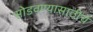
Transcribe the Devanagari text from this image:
सोडवण्यासाठीचे